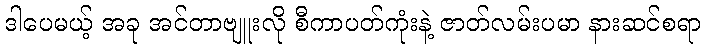
ဒါပေမယ့် အခု အင်တာဗျူးလို စီကာပတ်ကုံးနဲ့ ဇာတ်လမ်းပမာ နားဆင်စရာ